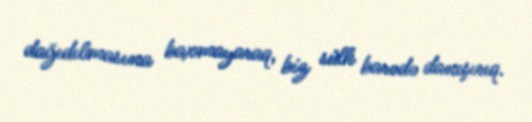
dağıdılmasına baxmayaraq, biz sülh barədə danışırıq.